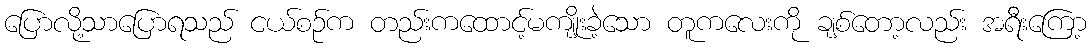
ပြောလို့သာပြောရသည် ငယ်စဉ်က တည်းကထောင့်မကျိုးခဲ့သော တူကလေးကို ချစ်တော့လည်း အရီးကြော့